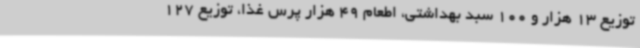
توزیع 13 هزار و 100 سبد بهداشتی، اطعام 49 هزار پرس غذا، توزیع 127